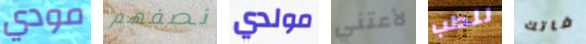
مودي نصفهم مولدي لأعتني للطب فاتك